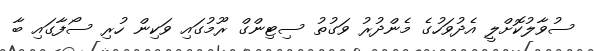
ސުވާލުކޮށްލީ އެދުވަހުގެ މެންދުރު ވަގުތު ސިޓިންގް ރޫމުގައި ވަކިން ހުރި ސޯފާގައި ބާ